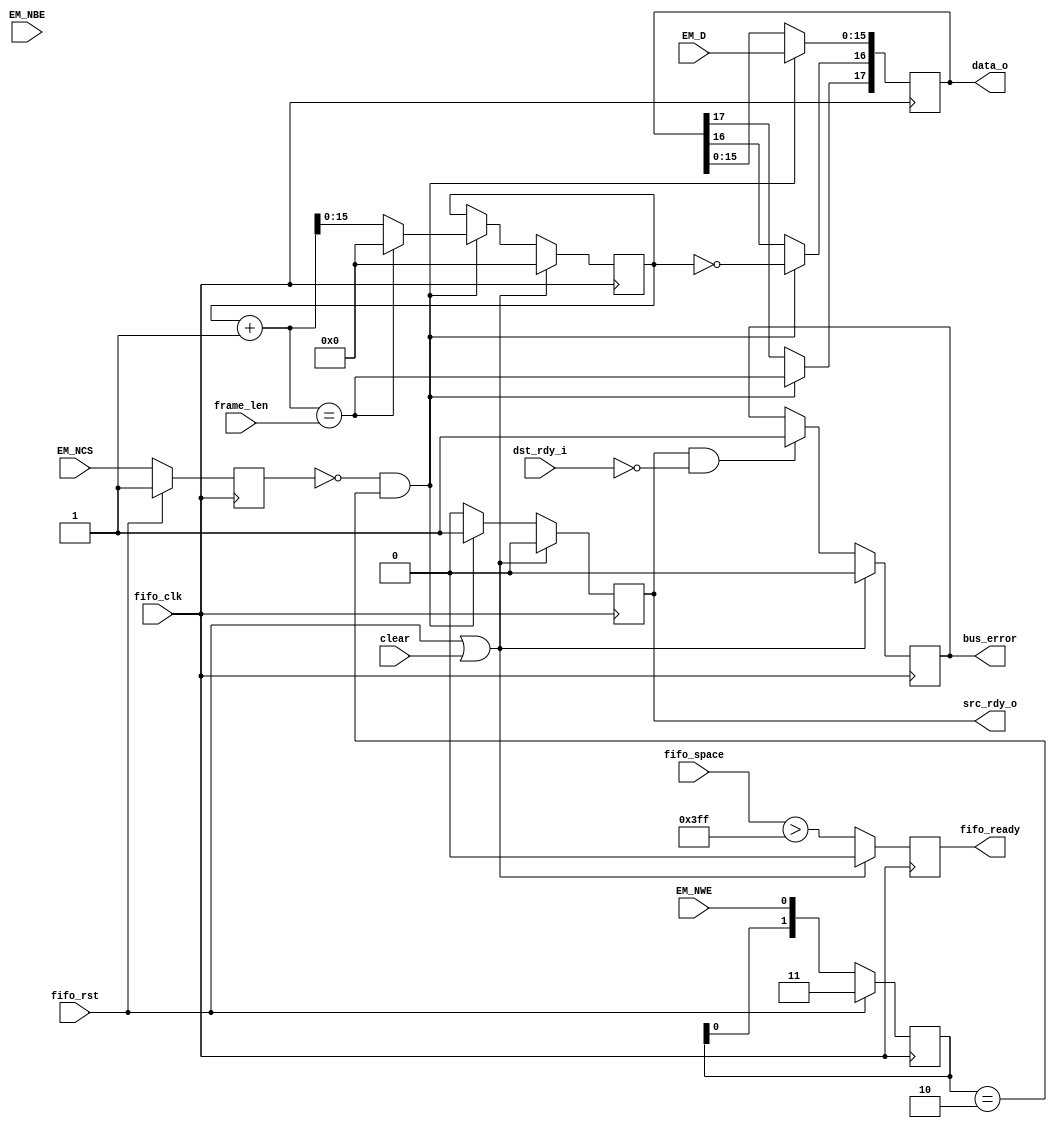

module gpmc_to_fifo_async
  (input [15:0] EM_D, input [1:0] EM_NBE, input EM_NCS, input EM_NWE,

   input fifo_clk, input fifo_rst, input clear,
   output reg [17:0] data_o, output reg src_rdy_o, input dst_rdy_i,

   input [15:0] frame_len, input [15:0] fifo_space, output reg fifo_ready,
   output reg bus_error );

   reg [15:0] counter;
   // Synchronize the async control signals
   reg [1:0] 	cs_del, we_del;
   always @(posedge fifo_clk)
     if(fifo_rst)
       begin
	  cs_del <= 2'b11;
	  we_del <= 2'b11;
       end
     else
       begin
	  cs_del <= { cs_del[0], EM_NCS };
	  we_del <= { we_del[0], EM_NWE };
       end

   wire do_write = (~cs_del[0] & (we_del == 2'b10));
   wire first_write = (counter == 0);
   wire last_write = ((counter+1) == frame_len);

   always @(posedge fifo_clk)
     if(do_write)
       begin
	  data_o[15:0] <= EM_D;
	  data_o[16] <= first_write;
	  data_o[17] <= last_write;
	  //  no byte writes data_o[18] <= |EM_NBE;  // mark half full if either is not enabled  FIXME
       end

   always @(posedge fifo_clk)
     if(fifo_rst | clear)
       src_rdy_o <= 0;
     else if(do_write)
       src_rdy_o <= 1;
     else
       src_rdy_o <= 0;    // Assume it was taken

   always @(posedge fifo_clk)
     if(fifo_rst | clear)
       counter <= 0;
     else if(do_write)
       if(last_write)
	 counter <= 0;
       else
	 counter <= counter + 1;

   always @(posedge fifo_clk)
     if(fifo_rst | clear)
       fifo_ready <= 0;
     else
       fifo_ready <= /* first_write & */ (fifo_space > 16'd1023);

   always @(posedge fifo_clk)
     if(fifo_rst | clear)
       bus_error <= 0;
     else if(src_rdy_o & ~dst_rdy_i)
       bus_error <= 1;
   
endmodule // gpmc_to_fifo_async